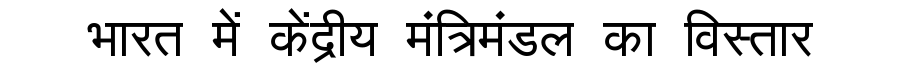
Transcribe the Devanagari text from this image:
भारत में केंद्रीय मंत्रिमंडल का विस्तार